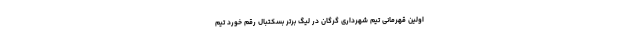
اولین قهرمانی تیم شهرداری گرگان در لیگ برتر بسکتبال رقم خورد تیم